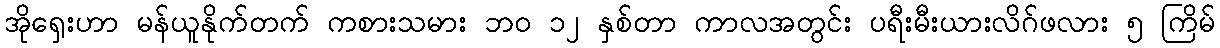
အိုရှေးဟာ မန်ယူနိုက်တက် ကစားသမား ဘ၀ ၁၂ နှစ်တာ ကာလအတွင်း ပရီးမီးယားလိဂ်ဖလား ၅ ကြိမ်